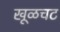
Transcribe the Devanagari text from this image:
खूळचट